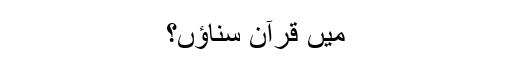
میں قرآن سناؤں؟